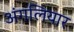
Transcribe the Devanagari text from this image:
अंगलियार